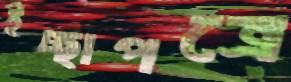
ইচ্ছাপত্রে